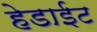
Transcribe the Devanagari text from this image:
हेडाईट